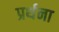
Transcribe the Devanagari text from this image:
प्रर्थना